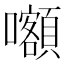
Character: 𡅅